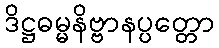
ဒိဋ္ဌဓမ္မနိဗ္ဗာနပ္ပတ္တော